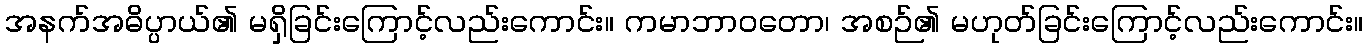
အနက်အဓိပ္ပာယ်၏ မရှိခြင်းကြောင့်လည်းကောင်း။ ကမာဘာဝတော၊ အစဉ်၏ မဟုတ်ခြင်းကြောင့်လည်းကောင်း။